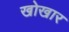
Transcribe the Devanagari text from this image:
खोखार